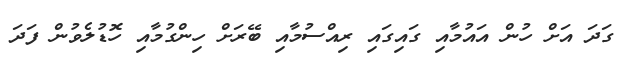
ގަދަ އަށް ހުން އައުމާއި ގައިގައި ރިއްސުމާއި ބޭރަށް ހިންގުމާއި ހޮޑުލެވުން ފަދަ